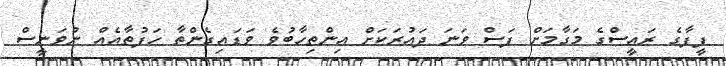
ފީފާގެ ރައީސްގެ މަގާމަށް ފަސް ވަނަ ދައުރަކަށް އިންތިހާބުވެ ވަޑައިގެންތާ ހަފުތާއެއް ނުވަނީސް